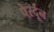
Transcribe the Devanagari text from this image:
पेर्स्दून